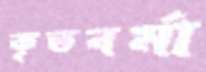
কৃতবর্মা